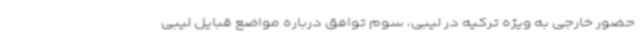
حضور خارجی به ویژه ترکیه در لیبی، سوم توافق درباره مواضع قبایل لیبی